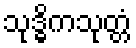
သုဒ္ဓိကသုတ္တံ